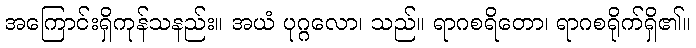
အကြောင်းရှိကုန်သနည်း။ အယံ ပုဂ္ဂလော၊ သည်။ ရာဂစရိတော၊ ရာဂစရိုက်ရှိ၏။